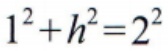
\(1^{2}+h^{2}=2^{2}\)